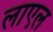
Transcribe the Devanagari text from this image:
लाएल